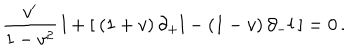
\frac { v ^ { \prime } } { 1 - v ^ { 2 } } \, l + [ \: ( 1 + v ) \, \partial _ { + } l - ( 1 - v ) \, \partial _ { - } l \: ] = 0 \, .